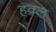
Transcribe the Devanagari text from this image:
हक़्ल